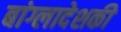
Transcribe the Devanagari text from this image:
बांग्लादेशकी